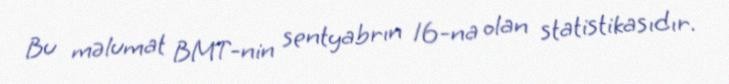
Bu məlumat BMT-nin sentyabrın 16-na olan statistikasıdır.